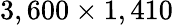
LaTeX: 3,600\times 1,410